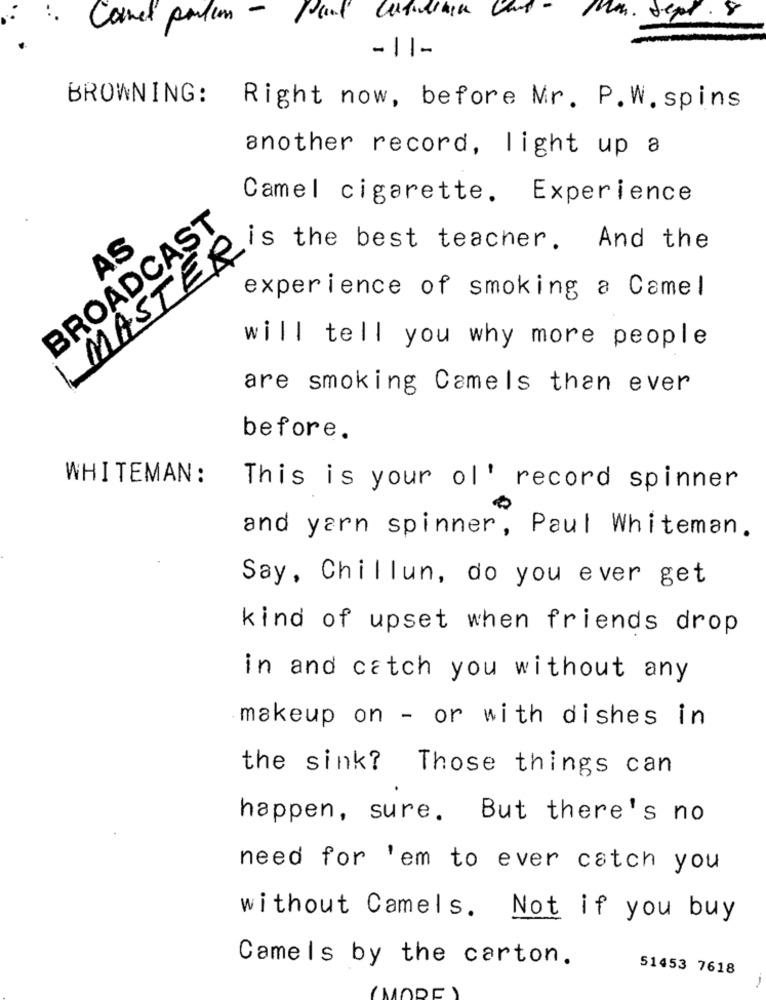
Canet palin -
Mm. Sept . 8
-11-
BROWNING:
Right now, before Mr. P.W. spins
another record, light up a
Camel cigarette, Experience
BROADCAST
MASTER
AS
is the best teacher. And the
experience of smoking a Camel
will tell you why more people
are smoking Camels than ever
before.
WHITEMAN:
This is your ol' record spinner
and yarn spinner, Paul Whiteman.
Say, Chillun, do you ever get
kind of upset when friends drop
in and catch you without any
makeup on - or with dishes in
the sink? Those things can
happen, sure. But there's no
need for 'em to ever catch you
without Camels. Not if you buy
Camels by the carton.
51453 7618
--